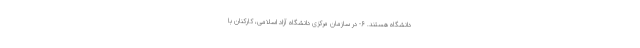
دانشگاه هستند. ۶- در سازمان مرکزی دانشگاه آزاد اسلامی، کارکنان با